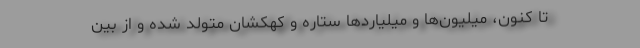
تا کنون، میلیون‌ها و میلیارد‌ها ستاره و کهکشان متولد شده و از بین